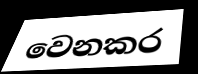
වෙනකර